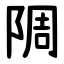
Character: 䧓